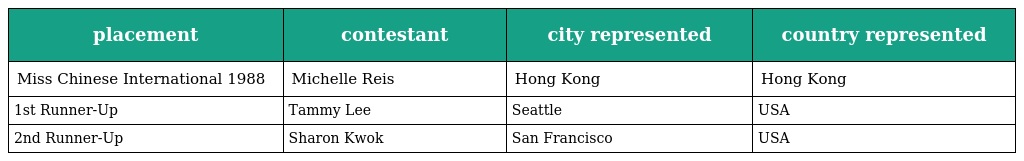
| placement | contestant | city represented | country represented |
 | --- | --- | --- | --- |
 | Miss Chinese International 1988 | Michelle Reis 李嘉欣 | Hong Kong | Hong Kong |
 | 1st Runner-Up | Tammy Lee 李玉蘭 | Seattle | USA |
 | 2nd Runner-Up | Sharon Kwok 郭秀雲 | San Francisco | USA |